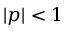
| p | < 1